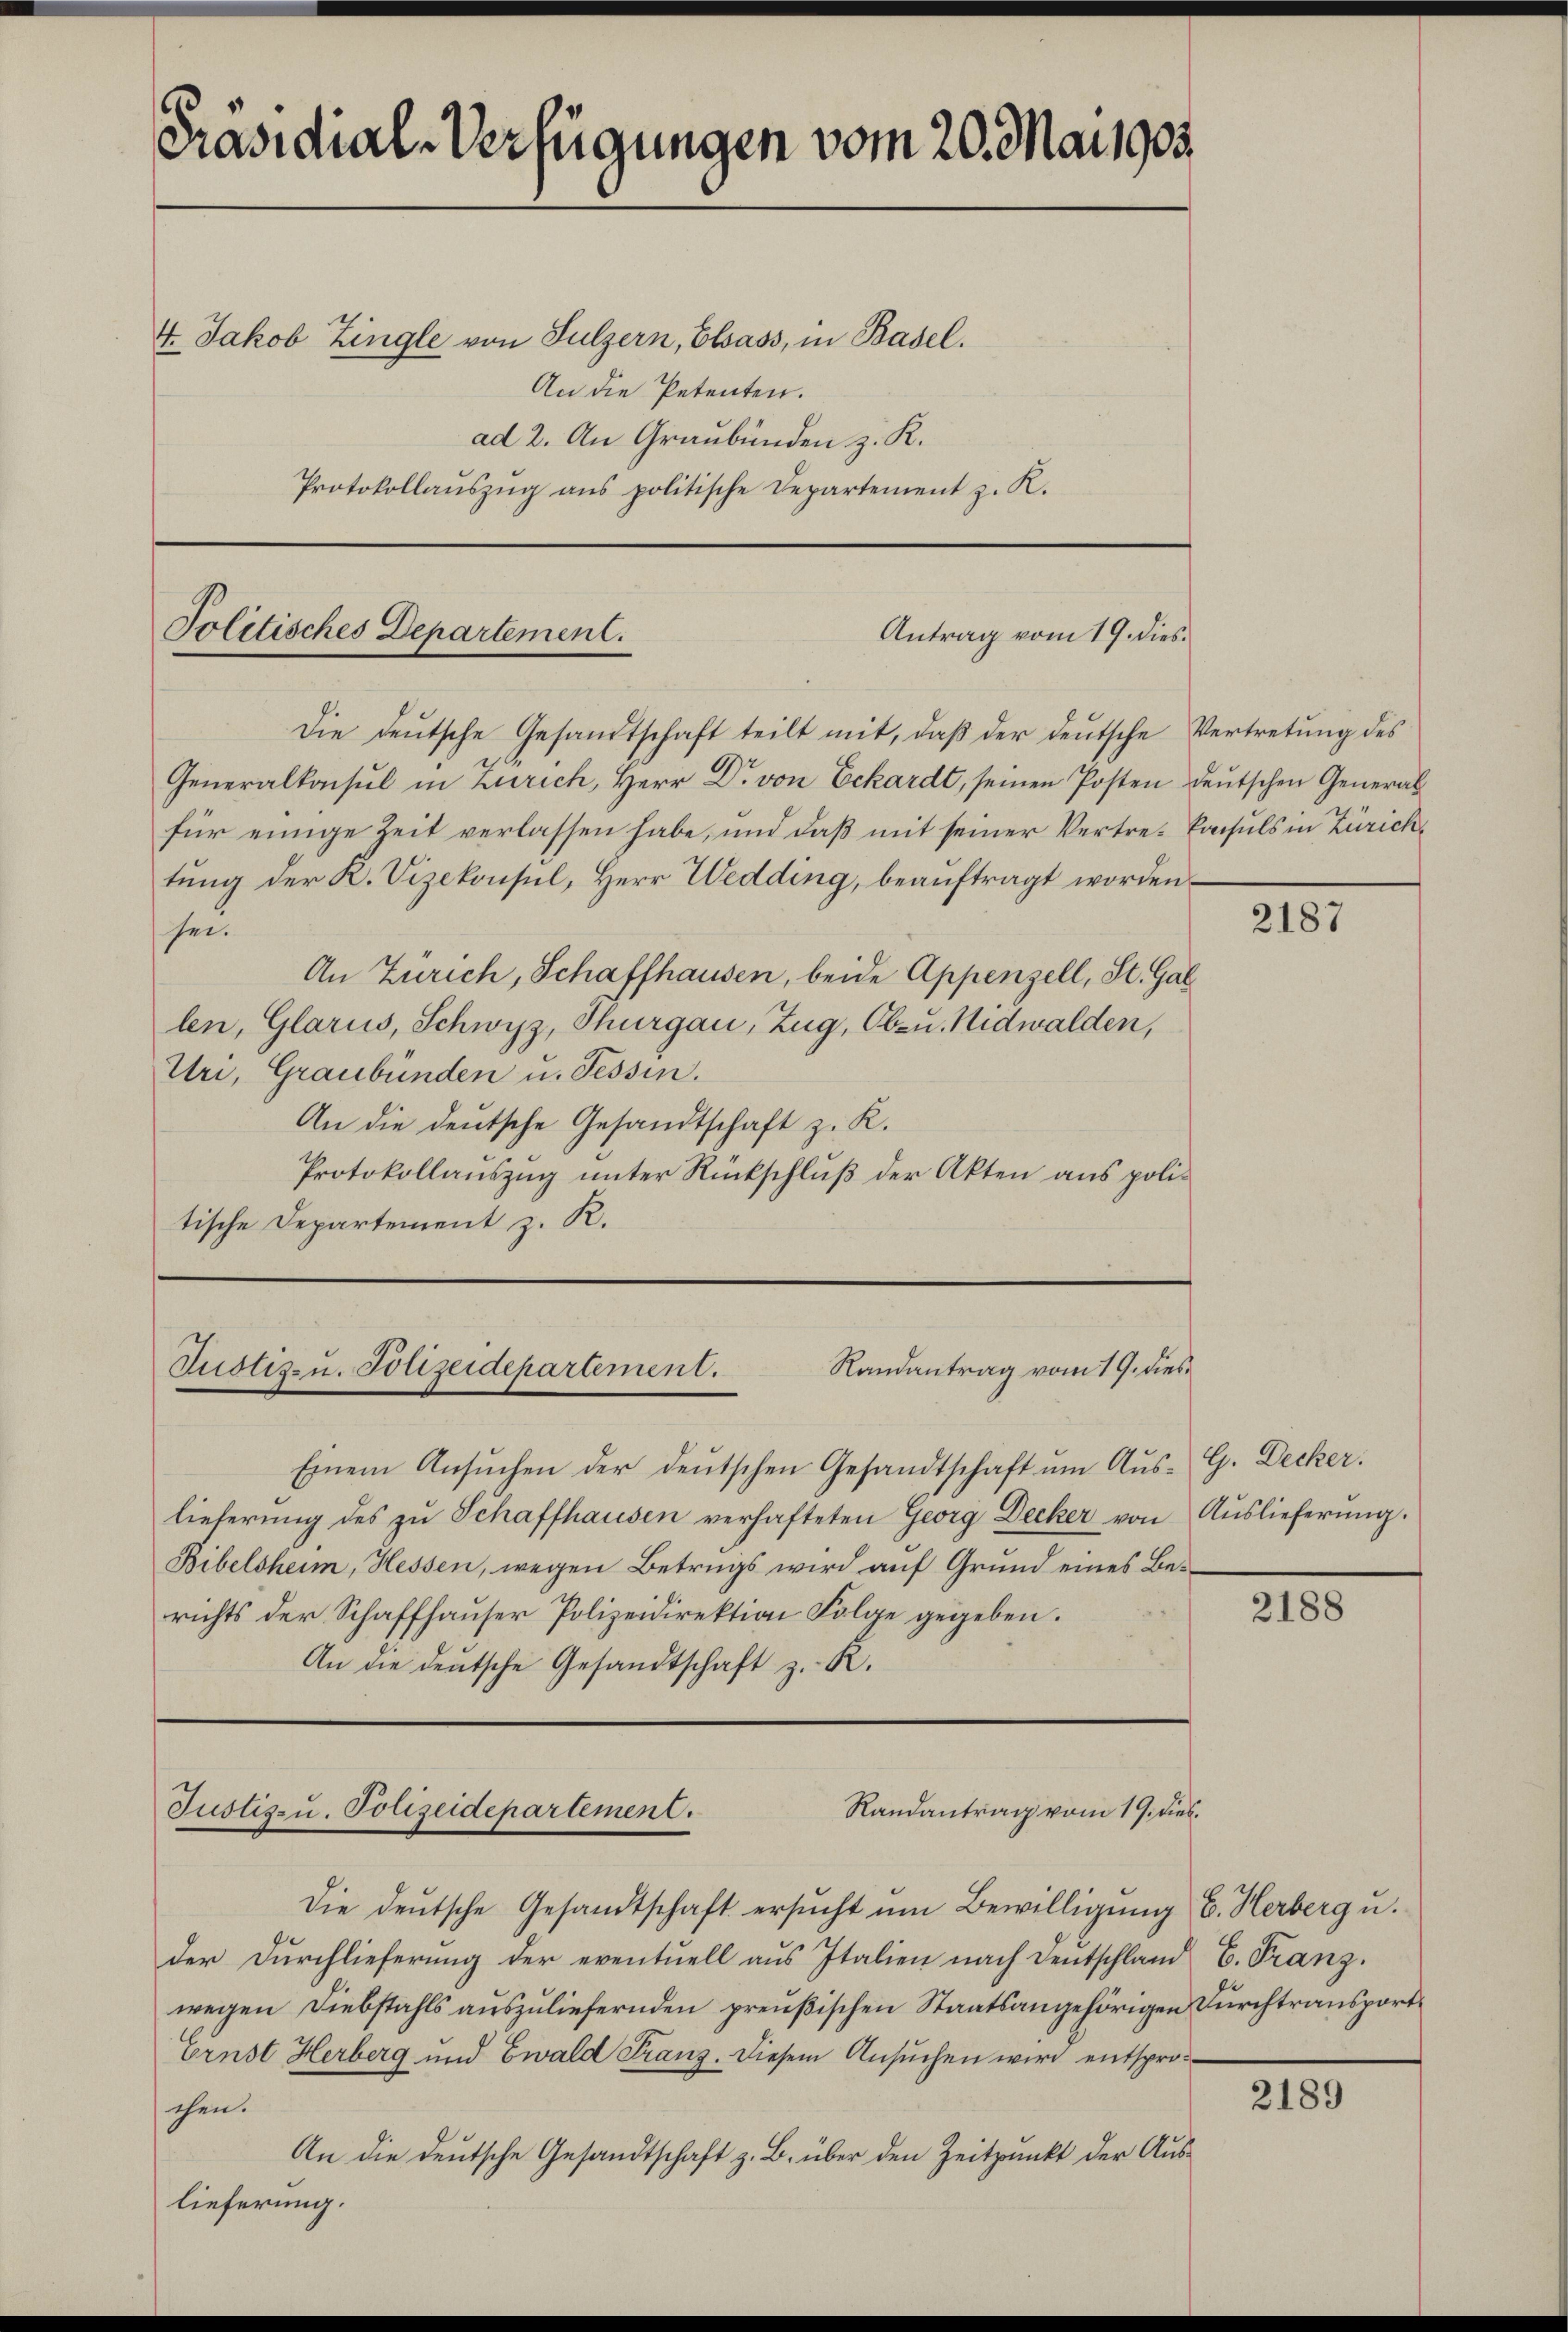
Präsidial-Verfügungen vom 20. Mai 1905.

4. Jakob Zingle von Sulzern, Elsass, in Basel.
An die Petenten.
ad 2. An Graubünden z. R.
Protokollaŭszŭg ans politische Departement z. K.

Politisches Departement.
Antrag vom 19. dies

Die deŭtsche Gesandtschaft teilt mit, daβ der deŭtsche Vertretŭng des
Generalkonsul in Zürich, Herr Dr. von Eckardt, seinen Posten deutschen Generalfür einige Zeit verlassen habe, und daß mit seiner Vertre- Consuls in Zürichtung der K. Vizekonsul, Herr Wedding, beauftragt worden
sin
An Zürich, Schaffhausen, beide Appenzell, St. Gal
len, Glarus, Schwyz, Thurgau, Zug, Obzu. Nidwalden,
Uri, Graubünden u. Tessin.
An die deutsche Gesandtschaft z. K.
Protokollauszug unter Rückschluß der Akten aus politische Departement z. R.

Justiz- u. Polizeidepartement.
Randantrag vom 19. dies

Einem Ansŭchen der deutschen Gesandtschaft ŭm Aŭs-G. Decker.
lieferung des zu Schaffhausen verhafteten Georg Decker von Auslieferung.
Bibelsheim, Hessen, wegen Betrugs wird auf Grund eines Berichts der Schaffhauser Polizeidirektion Folge gegeben.
An die deutsche Gesandtschaft z. R.

Randantrag vom 19. dies
Justiz- u. Polizeidepartement.

Die deutsche Gesandtschaft ersŭcht um Bewilligung C. Herberg u.
der Durchlieferung der eventuell aus Italien nach Deutschland C. Franz.
wegen Diebstahls auszuliefernden preußischen Staatsangehörigen Durchtransport¬
Ernst Herberg und Ewald Franz. Diesem Ansuchen wird entsprochen.
An die deutsche Gesandtschaft z. B. über den Zeitpunkt der Aus-
lieferung.

2187

2188

2189